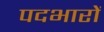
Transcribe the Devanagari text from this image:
पदभारों